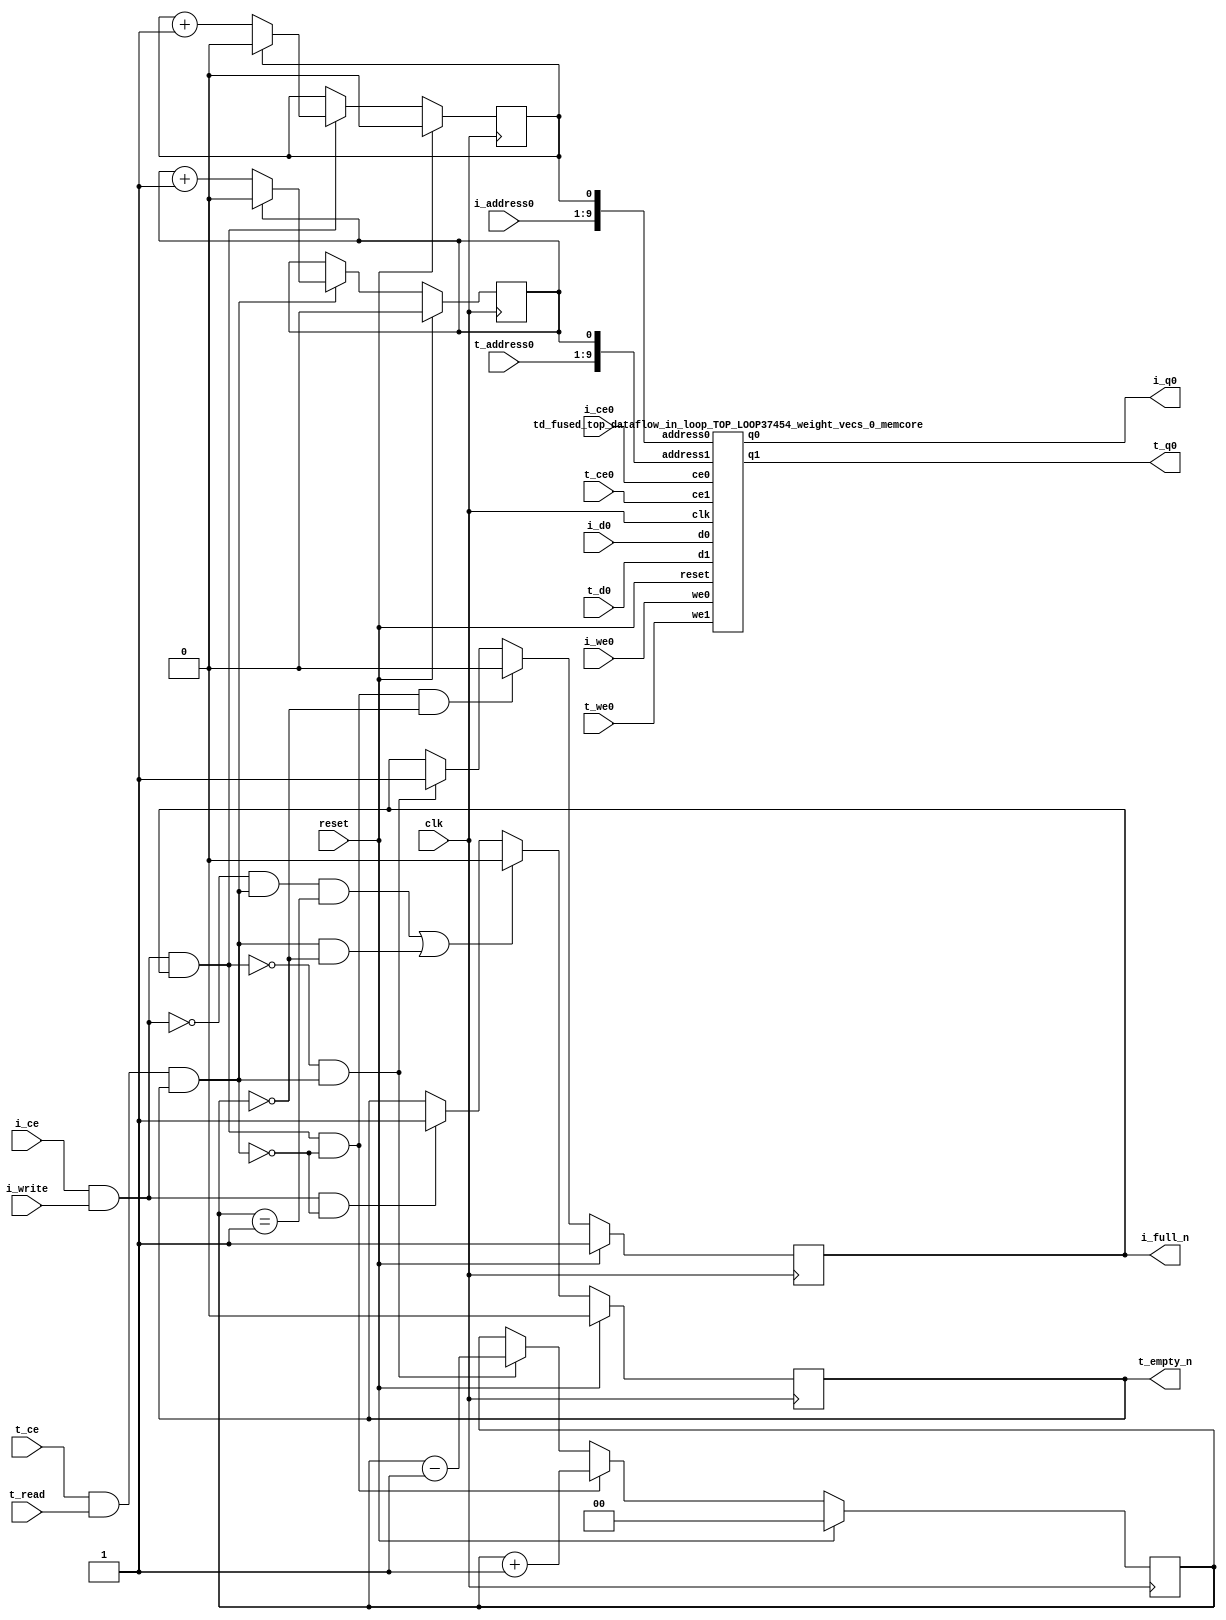
`define EXPONENT 5
`define MANTISSA 10
`define ACTUAL_MANTISSA 11
`define EXPONENT_LSB 10
`define EXPONENT_MSB 14
`define MANTISSA_LSB 0
`define MANTISSA_MSB 9
`define MANTISSA_MUL_SPLIT_LSB 3
`define MANTISSA_MUL_SPLIT_MSB 9
`define SIGN 1
`define SIGN_LOC 15
`define DWIDTH (`SIGN+`EXPONENT+`MANTISSA)
`define IEEE_COMPLIANCE 1

module td_fused_top_dataflow_in_loop_TOP_LOOP37454_weight_vecs_0
#(parameter
    DataWidth    = 16,
    AddressRange = 32,
    AddressWidth = 9,
    BufferCount  = 2,
    IndexWidth   = 1
) (
    // system signals
    input  wire                    clk,
    input  wire                    reset,
    // initiator
    input  wire                    i_ce,
    input  wire                    i_write,
    output wire                    i_full_n,
    input  wire                    i_ce0,
    input  wire                    i_we0,
    input  wire [AddressWidth-1:0] i_address0,
    input  wire [DataWidth-1:0]    i_d0,
    output wire [DataWidth-1:0]    i_q0,
    // target
    input  wire                    t_ce,
    input  wire                    t_read,
    output wire                    t_empty_n,
    input  wire                    t_ce0,
    input  wire                    t_we0,
    input  wire [AddressWidth-1:0] t_address0,
    input  wire [DataWidth-1:0]    t_d0,
    output wire [DataWidth-1:0]    t_q0
);
//------------------------Local signal-------------------
// control/status
reg  [IndexWidth-1:0]   iptr    = 1'b0; // initiator index
reg  [IndexWidth-1:0]   tptr    = 1'b0; // target index
reg  [IndexWidth:0]     count   = 1'b0; // count of written buffers
reg                     full_n  = 1'b1; // whether all buffers are written
reg                     empty_n = 1'b0; // whether none of the buffers is written
wire                    push_buf;       // finish writing a buffer
wire                    write_buf;      // write a buffer
wire                    pop_buf;        // finish reading a buffer
wire [AddressWidth+IndexWidth-1:0]   memcore_iaddr;
wire [AddressWidth+IndexWidth-1:0]   memcore_taddr;

//------------------------Instantiation------------------
assign memcore_iaddr = {i_address0, iptr};
assign memcore_taddr = {t_address0, tptr};
td_fused_top_dataflow_in_loop_TOP_LOOP37454_weight_vecs_0_memcore td_fused_top_dataflow_in_loop_TOP_LOOP37454_weight_vecs_0_memcore_U (
    .reset    ( reset ),
    .clk      ( clk ),
    .address0 ( memcore_iaddr ),
    .ce0      ( i_ce0 ),
    .we0      ( i_we0),
    .d0       ( i_d0 ),
    .q0       ( i_q0 ),
    .address1 ( memcore_taddr ),
    .ce1      ( t_ce0 ),
    .we1      ( t_we0),
    .d1       ( t_d0 ),
    .q1       ( t_q0 )

);

//------------------------Body---------------------------

//++++++++++++++++++++++++output+++++++++++++++++++++++++
assign i_full_n  = full_n;
assign t_empty_n = empty_n;
//+++++++++++++++++++++++++++++++++++++++++++++++++++++++

//++++++++++++++++++++++++control/status+++++++++++++++++
assign push_buf = i_ce & i_write & full_n;
assign write_buf = i_ce & i_write;
assign pop_buf  = t_ce & t_read & empty_n;

// iptr
always @(posedge clk) begin
    if (reset == 1'b1)
        iptr <= 1'b0;
    else if (push_buf) begin
        if (iptr == BufferCount - 1'b1)
            iptr <= 1'b0;
        else
            iptr <= iptr + 1'b1;
    end
end

// tptr
always @(posedge clk) begin
    if (reset == 1'b1)
        tptr <= 1'b0;
    else if (pop_buf) begin
        if (tptr == BufferCount - 1'b1)
            tptr <= 1'b0;
        else
            tptr <= tptr + 1'b1;
    end
end

// count
always @(posedge clk) begin
    if (reset == 1'b1)
        count <= 1'b0;
    else if (push_buf && !pop_buf)
        count <= count + 1'b1;
    else if (!push_buf && pop_buf)
        count <= count - 1'b1;
end

// full_n
always @(posedge clk) begin
    if (reset == 1'b1)
        full_n <= 1'b1;
    else if (push_buf && !pop_buf && count == BufferCount - 2'd2)
        full_n <= 1'b0;
    else if (!push_buf && pop_buf)
        full_n <= 1'b1;
end

// empty_n
always @(posedge clk) begin
    if (reset == 1'b1)
        empty_n <= 1'b0;
    else if ((!write_buf && pop_buf && count == 1'b1)
             || (pop_buf && count == 1'b0))
        empty_n <= 1'b0;
    else if (write_buf && !pop_buf)
        empty_n <= 1'b1;
end
//+++++++++++++++++++++++++++++++++++++++++++++++++++++++

endmodule
module td_fused_top_dataflow_in_loop_TOP_LOOP37454_weight_vecs_0_memcore(
    reset,
    clk,
    address0,
    ce0,
    we0,
    d0,
    q0,
    address1,
    ce1,
    we1,
    d1,
    q1);

parameter DataWidth = 32'd16;
parameter AddressRange = 32'd576;
parameter AddressWidth = 32'd10;
input reset;
input clk;
input[AddressWidth - 1:0] address0;
input ce0;
input we0;
input[DataWidth - 1:0] d0;
output[DataWidth - 1:0] q0;
input[AddressWidth - 1:0] address1;
input ce1;
input we1;
input[DataWidth - 1:0] d1;
output[DataWidth - 1:0] q1;



td_fused_top_dataflow_in_loop_TOP_LOOP37454_weight_vecs_0_memcore_ram td_fused_top_dataflow_in_loop_TOP_LOOP37454_weight_vecs_0_memcore_ram_U(
    .clk( clk ),
    .addr0( address0 ),
    .ce0( ce0 ),
    .we0( we0 ),
    .d0( d0 ),
    .q0( q0 ),
    .addr1( address1 ),
    .ce1( ce1 ),
    .we1( we1 ),
    .d1( d1 ),
    .q1( q1 )
);

endmodule
module td_fused_top_dataflow_in_loop_TOP_LOOP37454_weight_vecs_0_memcore_ram (addr0, ce0, d0, we0, q0, addr1, ce1, d1, we1, q1,  clk);

parameter DWIDTH = 16;
parameter AWIDTH = 10;
parameter MEM_SIZE = 576;

input[AWIDTH-1:0] addr0;
input ce0;
input[DWIDTH-1:0] d0;
input we0;
output reg[DWIDTH-1:0] q0;
input[AWIDTH-1:0] addr1;
input ce1;
input[DWIDTH-1:0] d1;
input we1;
output reg[DWIDTH-1:0] q1;
input clk;

reg [DWIDTH-1:0] ram[MEM_SIZE-1:0];




always @(posedge clk)  
begin 
    if (ce0) begin
        if (we0) 
            ram[addr0] <= d0; 
        q0 <= ram[addr0];
    end
end


always @(posedge clk)  
begin 
    if (ce1) begin
        if (we1) 
            ram[addr1] <= d1; 
        q1 <= ram[addr1];
    end
end


endmodule